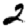
Digit: 2